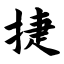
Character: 捷